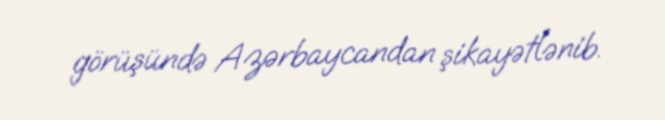
görüşündə Azərbaycandan şikayətlənib.